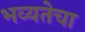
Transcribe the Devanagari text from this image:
भव्यतेचा